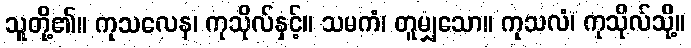
သူတို့၏။ ကုသလေန၊ ကုသိုလ်နှင့်။ သမကံ၊ တူမျှသော။ ကုသလံ၊ ကုသိုလ်သို့။